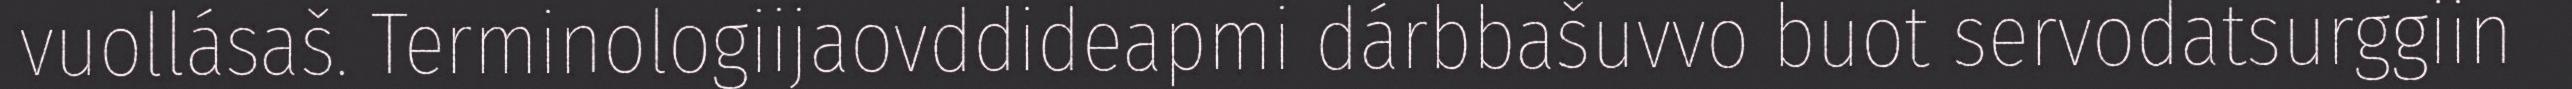
vuollásaš. Terminologiijaovddideapmi dárbbašuvvo buot servodatsurggiin